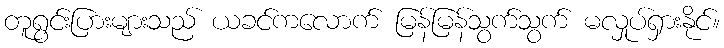
တူရွင်းပြားများသည် ယခင်ကလောက် မြန်မြန်သွက်သွက် မလှုပ်ရှားနိုင်။